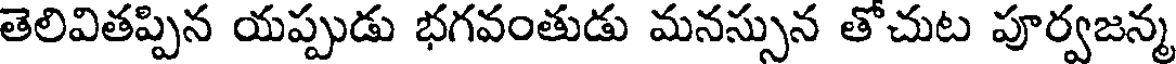
తెలివితప్పిన యప్పుడు భగవంతుడు మనస్సున తోచుట పూర్వజన్మ